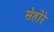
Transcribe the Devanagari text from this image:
सेहोरे